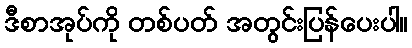
ဒီစာအုပ်ကို တစ်ပတ် အတွင်းပြန်ပေးပါ။